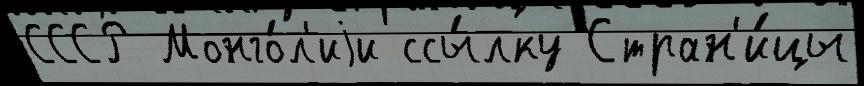
СССР Монго́л'иjи ссы́лку Стран'и́цы